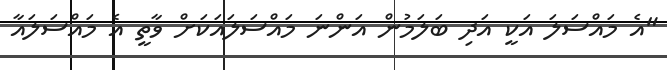
"އެ މައްސަލަ އަކީ އަދި ބަލަމުން އަންނަ މައްސަލައަކަށް ވާތީ އެ މައްސަލައާ